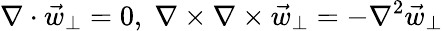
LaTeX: \nabla\cdot\vec{w}_{\perp}=0,\; \nabla\times\nabla\times\vec{w}_{\perp}=-\nabla^{2}\vec{w}_{\perp}